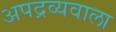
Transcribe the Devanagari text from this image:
अपद्रव्यवाला